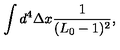
\int d ^ { 4 } \Delta x { \frac { 1 } { ( L _ { 0 } - 1 ) ^ { 2 } } } ,